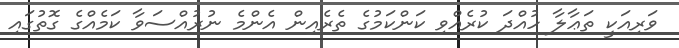
ވަރިއަކީ ތަޢާލާ ހުއްދަ ކުރެއްވި ކަންކަމުގެ ތެރެއިން އެންމެ ނުރުއްސަވާ ކަމެއްގެ ގޮތުގައި